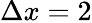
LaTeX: \Delta x=2